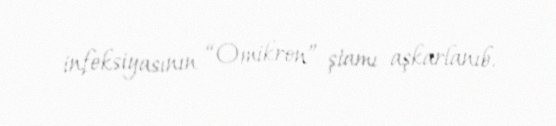
infeksiyasının “Omikron” ştamı aşkarlanıb.